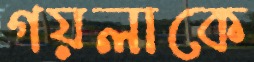
গয়লাকে